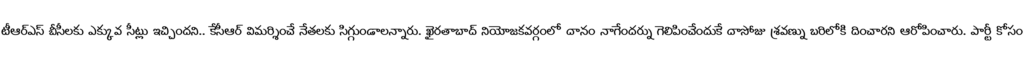
టీఆర్ఎస్ బీసీలకు ఎక్కువ సీట్లు ఇచ్చిందని.. కేసీఆర్ విమర్శించే నేతలకు సిగ్గుండాలన్నారు. ఖైరతాబాద్ నియోజకవర్గంలో దానం నాగేందర్ను గెలిపించేందుకే దాసోజు శ్రవణ్ను బరిలోకి దించారని ఆరోపించారు. పార్టీ కోసం